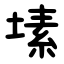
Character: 塐